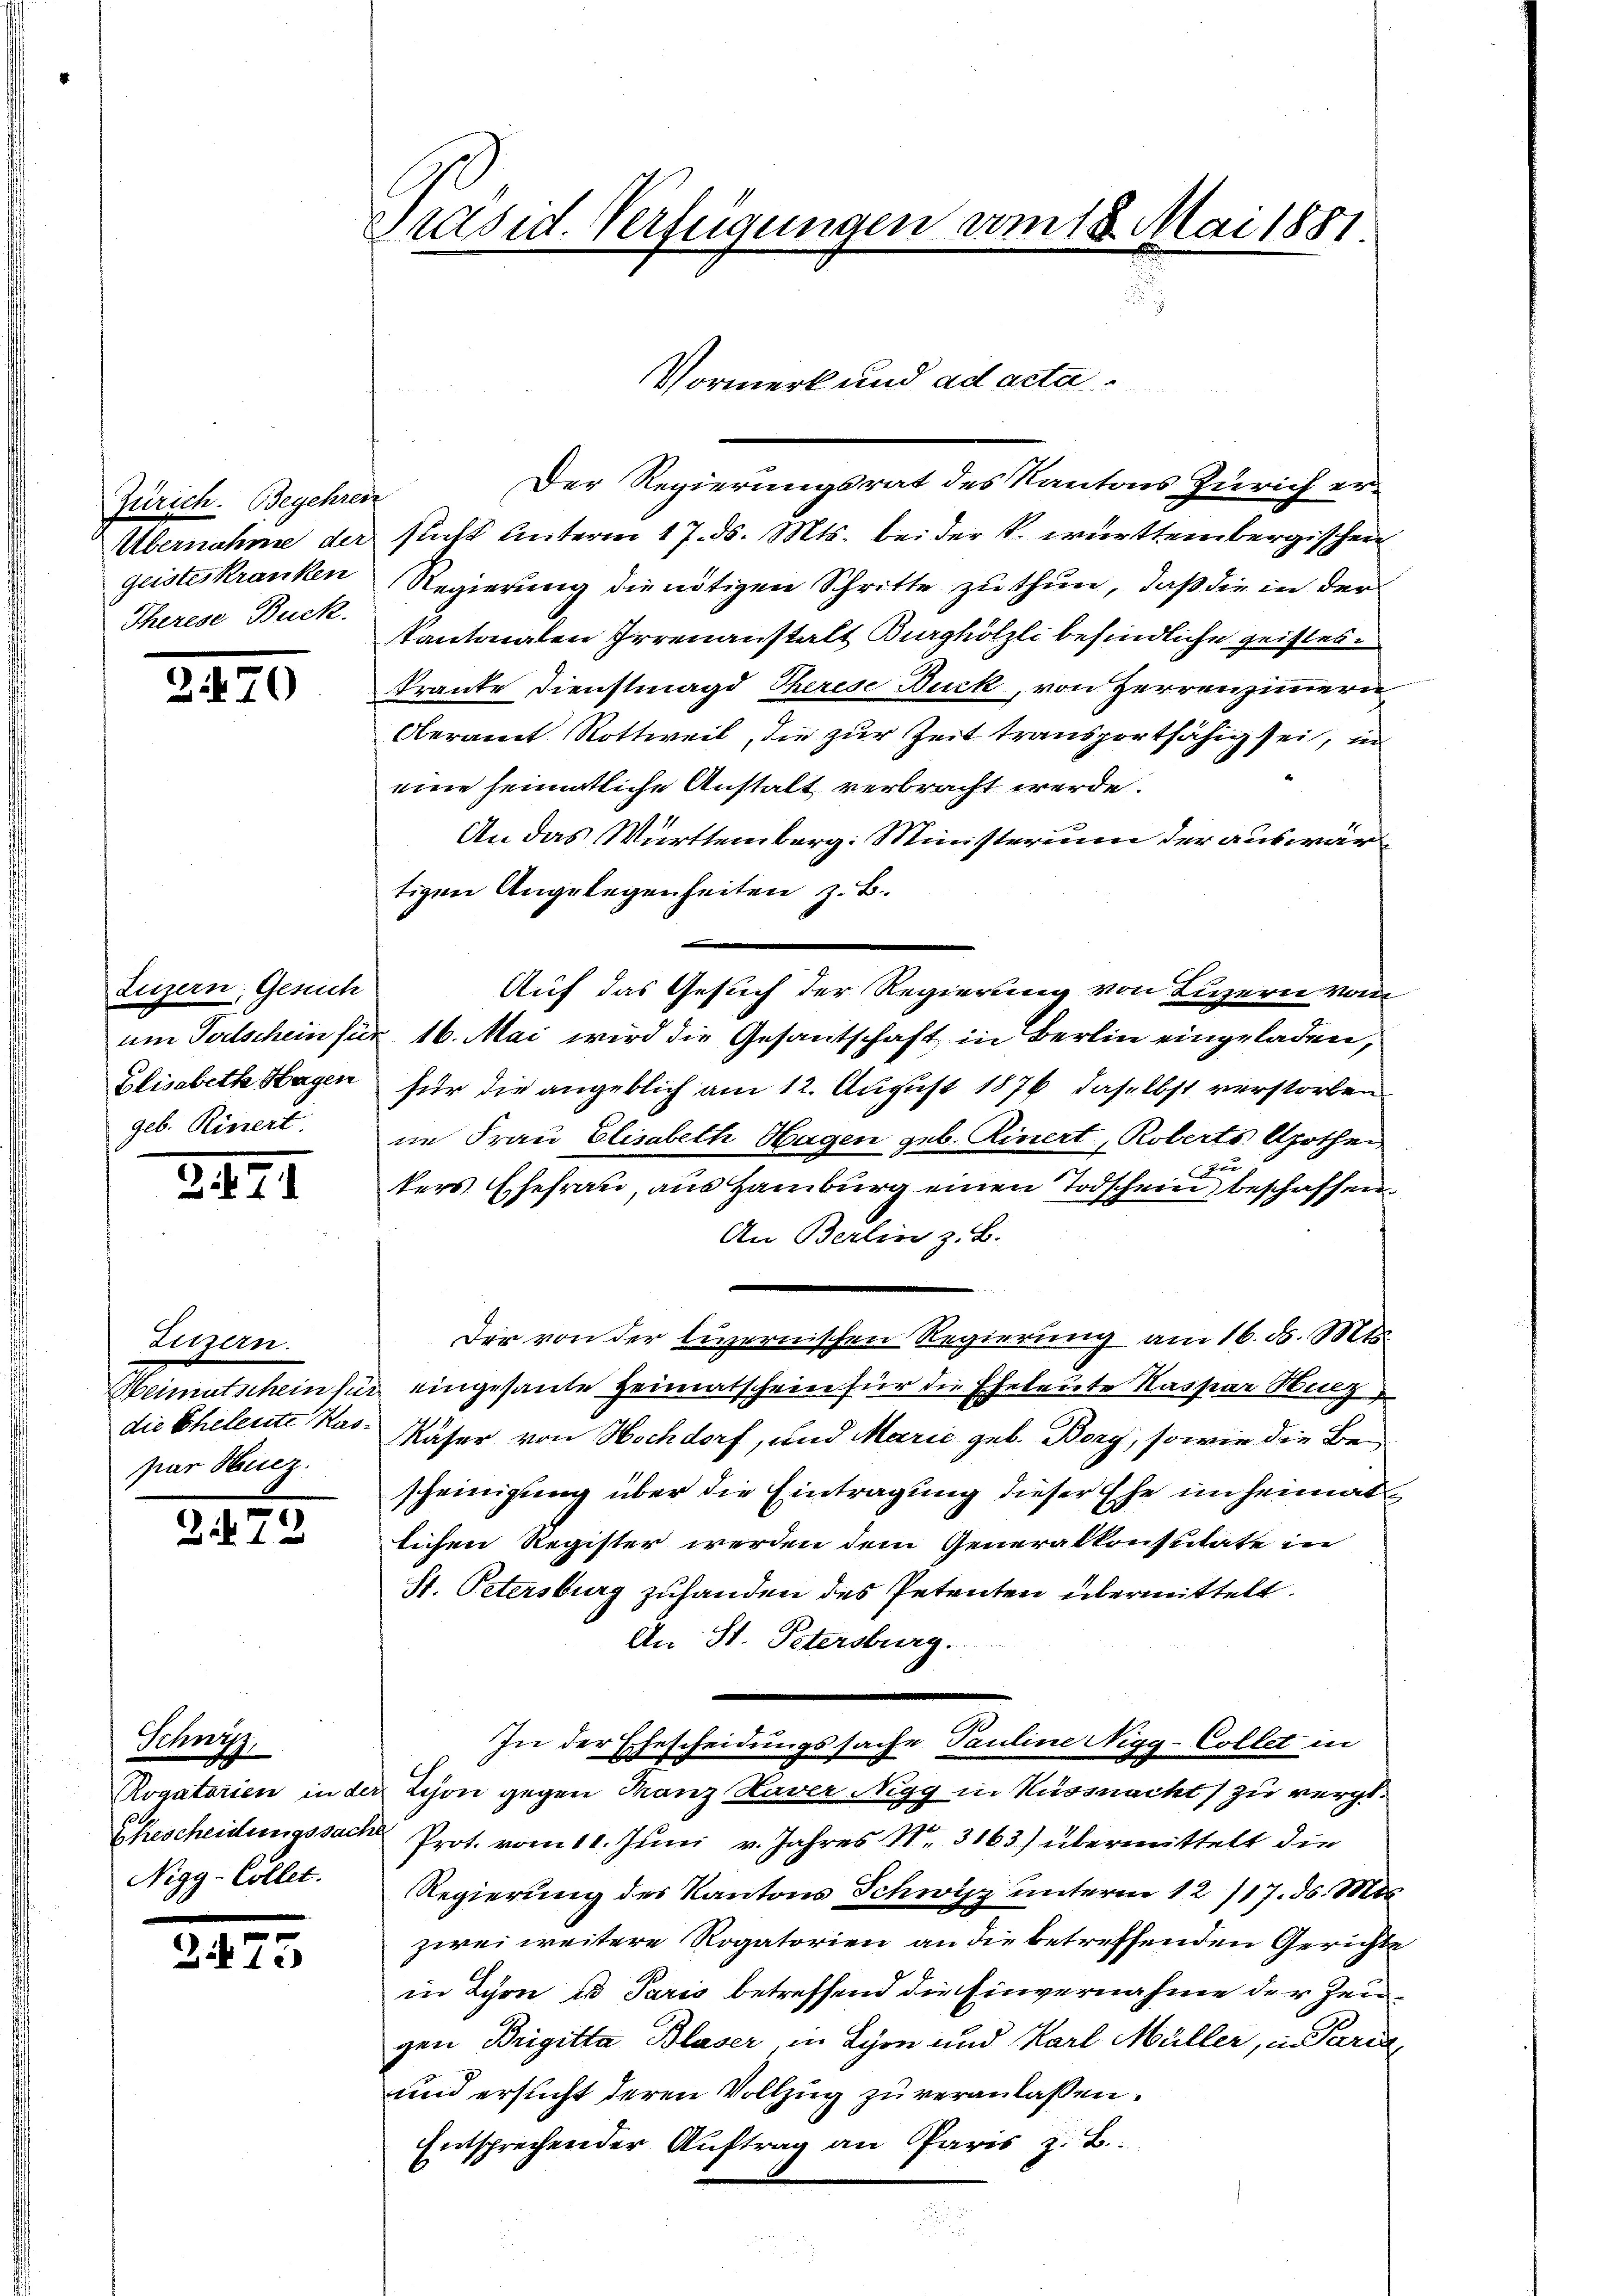
Zürich. Begehren
Übernahme der
Therese Buck.

2.70

Luzern, Gesuch
um Todschein für
Elisabeth Hagen
geb. Rinert.

2421

Luzern.
Heimatschein für
die Scheleute Kaspar Hucz.

272

Schny
Rogatarien in der
Ehescheidungssach
Nigg-Collet.

2473

Präsid. Verfügungen vom 18. Mai 1881
.

Vormerk und ad acta

Der Regierungsrat des Kantons Zürich ersucht unterm 17. ds. Mts. bei der k. württembergischen
geisteskranken Regierung die nötigen Schritte zu thun, daß die in der
kantonalen Irrenanstalt Burghölzli befindliche geistes
kranke Dienstmagd Therese Duck, von Herrenzimmern
Oberamt Rottweil, die zur Zeit transportfähig sei, in
eine heimatliche Anstalt verbracht werde.
An das Württemberg: Ministerium der auswärtigen Angelegenheiten z. B.
Auf das Gesuch der Regierung von Luzern vom
 16. Mai wird die Gesantschaft in Berlin eingeladen,
für die angeblich am 12. August 1876 daselbst verstorben
ne Frau Elisabeth Hagen geb. Einert, Roberts Apothen
2
kers Ehefrau, aus Hamburg einen Todschein beschaffen
An Berlin z. B.

Der von der livernischen Regierung am 16. d. Mts.
eingesante Heimatschein für die Eheleute Kaspar Sulz
Käser von Hochdorf, und Marie geb. Borg, sowie die Bescheinigung über die Eintragung dieser Ehe in heimat
lichen Register werden dem Generalkonstitate in
St. Petersburg zuhanden des Petenten übermittelt.
An St. Petersburg.
In der Ehescheidungssache Pauline Nigg-Collet in
 Lion gegen Tanz Haver Nigg in Küssnacht zu vergt.
u Prot. vom 11. Juni v. Jahres N. 3163) übermittelt die
Regierung des Kantons Schwyz unterm 12/17. ds. M
zwei weitere Rogatorien an die betreffenden Gerichte
in Schon es Paris betreffend die Einvernahme der Zeugen Brigitta Blaser in Schen und Karl Müller, in Parin
und ersucht deren Vollzug zu veranlassen.
Entsprechender Auftrag an Paris z. B.